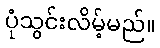
ပုံသွင်းလိမ့်မည်။